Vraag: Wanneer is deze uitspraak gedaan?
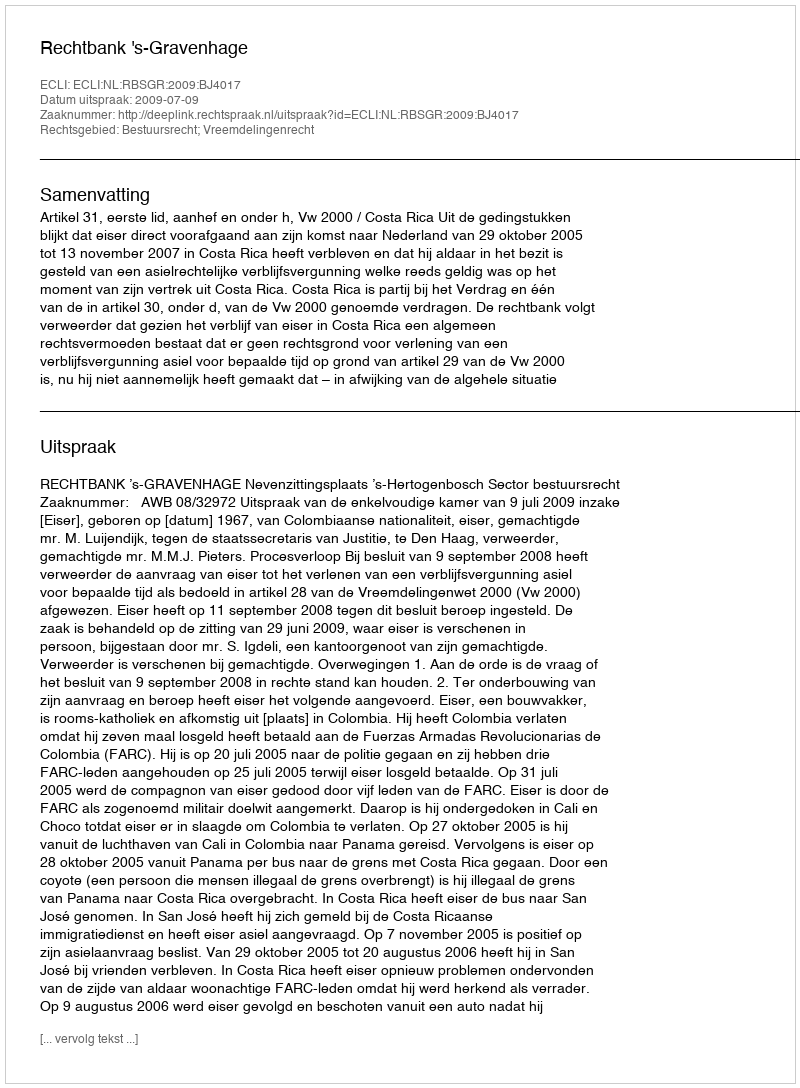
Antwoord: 2009-07-09